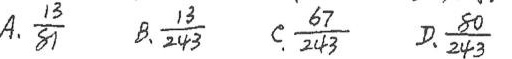
A.\frac{13}{81} B.\frac{13}{243} C.\frac{67}{243} D.\frac{80}{243}